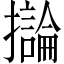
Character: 𫾗